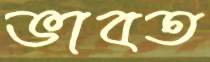
ভাবত